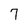
Character: 7